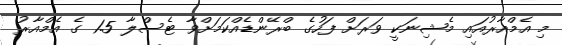
މި އެމްއާރުއައި މެޝިނަކީ ވަރަށް ފަހުގެ ބްރޭންޑެއްކަމަށްވާ ޓެސްލާ 1.5 ގެ އެމްއާރު